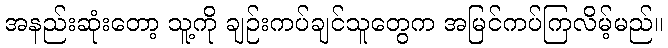
အနည်းဆုံးတော့ သူ့ကို ချဉ်းကပ်ချင်သူတွေက အမြင်ကပ်ကြလိမ့်မည်။